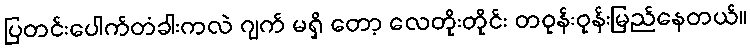
ပြတင်းပေါက်တံခါးကလဲ ဂျက် မရှိ တော့ လေတိုးတိုင်း တဝုန်းဝုန်းမြည်နေတယ်။